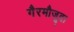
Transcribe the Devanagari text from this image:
गैरमौजूदा